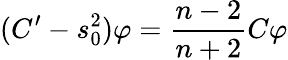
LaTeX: (C^{\prime}-s_{0}^{2})\varphi=\frac{n-2}{n+2}C\varphi